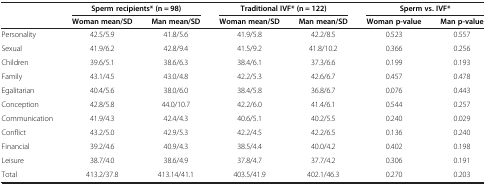
<table><thead><tr><td><b> </b></td><td colspan="2"><b>Sperm recipients* (n = 98)</b></td><td colspan="2"><b>Traditional IVF* (n = 122)</b></td><td colspan="2"><b>Sperm vs. IVF*</b></td></tr><tr><td><b> </b></td><td><b>Woman mean/SD</b></td><td><b>Man mean/SD</b></td><td><b>Woman mean/SD</b></td><td><b>Man mean/SD</b></td><td><b>Woman p-value</b></td><td><b>Man p-value</b></td></tr></thead><tbody><tr><td>Personality</td><td>42.5/5.9</td><td>41.8/5.6</td><td>41.9/5.8</td><td>42.2/8.5</td><td>0.523</td><td>0.557</td></tr><tr><td>Sexual</td><td>41.9/6.2</td><td>42.8/9.4</td><td>41.5/9.2</td><td>41.8/10.2</td><td>0.366</td><td>0.256</td></tr><tr><td>Children</td><td>39.6/5.1</td><td>38.6/6.3</td><td>38.4/6.1</td><td>37.3/6.6</td><td>0.199</td><td>0.193</td></tr><tr><td>Family</td><td>43.1/4.5</td><td>43.0/4.8</td><td>42.2/5.3</td><td>42.6/6.7</td><td>0.457</td><td>0.478</td></tr><tr><td>Egalitarian</td><td>40.4/5.6</td><td>38.0/6.0</td><td>38.4/5.8</td><td>36.8/6.7</td><td>0.076</td><td>0.443</td></tr><tr><td>Conception</td><td>42.8/5.8</td><td>44.0/10.7</td><td>42.2/6.0</td><td>41.4/6.1</td><td>0.544</td><td>0.257</td></tr><tr><td>Communication</td><td>41.9/4.3</td><td>42.4/4.3</td><td>40.6/5.1</td><td>40.2/5.5</td><td>0.240</td><td>0.029</td></tr><tr><td>Conflict</td><td>43.2/5.0</td><td>42.9/5.3</td><td>42.2/4.5</td><td>42.2/6.5</td><td>0.136</td><td>0.240</td></tr><tr><td>Financial</td><td>39.2/4.6</td><td>40.9/4.3</td><td>38.5/4.4</td><td>40.0/4.2</td><td>0.402</td><td>0.198</td></tr><tr><td>Leisure</td><td>38.7/4.0</td><td>38.6/4.9</td><td>37.8/4.7</td><td>37.7/4.2</td><td>0.306</td><td>0.191</td></tr><tr><td>Total</td><td>413.2/37.8</td><td>413.14/41.1</td><td>403.5/41.9</td><td>402.1/46.3</td><td>0.270</td><td>0.203</td></tr></tbody></table>